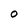
Character: 0